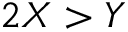
2 X > Y